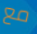
مع